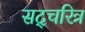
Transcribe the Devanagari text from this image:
सद्चरित्र